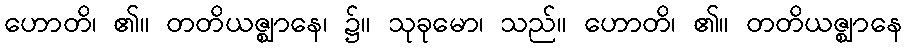
ဟောတိ၊ ၏။ တတိယဇ္ဈာနေ၊ ၌။ သုခုမော၊ သည်။ ဟောတိ၊ ၏။ တတိယဇ္ဈာနေ